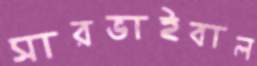
সারভাইবাল